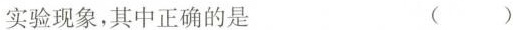
实验现象，其中正确的是 ()